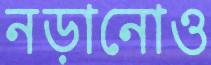
নড়ানোও